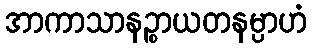
အာကာသာနဉ္စာယတနမ္ပာဟံ